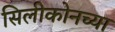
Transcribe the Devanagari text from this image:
सिलीकोनच्या